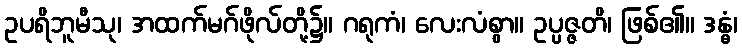
ဥပရိဘူမီသု၊ အထက်မဂ်ဖိုလ်တို့၌။ ဂရုကံ၊ လေးလံစွာ။ ဥပ္ပဇ္ဇတိ၊ ဖြစ်၏။ ဒန္ဓံ၊